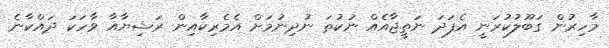
މާހިރުން ގަބޫލުކުރަނީ އެފަދަ ނަތީޖާއެއް ނުކުތަ ނުދިނުމަށް އެމެރިކާއިން ރަޝިޔާއާ ވާހަކަ ދައްކާނެ